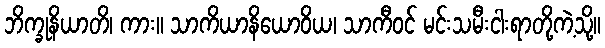
ဘိက္ခုနိယာတိ၊ ကား။ သာကိယာနိယောဝိယ၊ သာကီဝင် မင်းသမီးငါးရာတို့ကဲ့သို့။